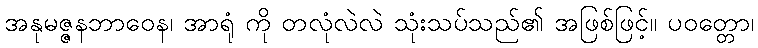
အနုမဇ္ဇနဘာဝေန၊ အာရုံ ကို တလုံလဲလဲ သုံးသပ်သည်၏ အဖြစ်ဖြင့်။ ပဝတ္တော၊